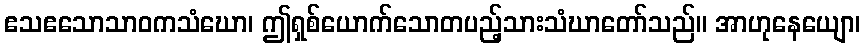
ဧသဧသောသာဝကသံဃော၊ ဤရှစ်ယောက်သောတပည့်သားသံဃာတော်သည်။ အာဟုနေယျော၊